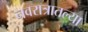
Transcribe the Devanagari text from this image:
नवरात्रातल्या